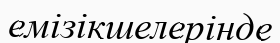
емізікшелерінде